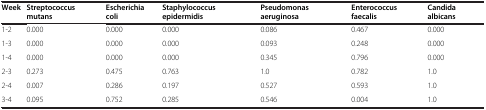
<table><thead><tr><td><b>Week</b></td><td><b>Streptococcus mutans</b></td><td><b>Escherichia coli</b></td><td><b>Staphylococcus epidermidis</b></td><td><b>Pseudomonas aeruginosa</b></td><td><b>Enterococcus faecalis</b></td><td><b>Candida albicans</b></td></tr></thead><tbody><tr><td>1-2</td><td>0.000</td><td>0.000</td><td>0.000</td><td>0.086</td><td>0.467</td><td>0.000</td></tr><tr><td>1-3</td><td>0.000</td><td>0.000</td><td>0.000</td><td>0.093</td><td>0.248</td><td>0.000</td></tr><tr><td>1-4</td><td>0.000</td><td>0.000</td><td>0.000</td><td>0.345</td><td>0.796</td><td>0.000</td></tr><tr><td>2-3</td><td>0.273</td><td>0.475</td><td>0.763</td><td>1.0</td><td>0.782</td><td>1.0</td></tr><tr><td>2-4</td><td>0.007</td><td>0.286</td><td>0.197</td><td>0.527</td><td>0.593</td><td>1.0</td></tr><tr><td>3-4</td><td>0.095</td><td>0.752</td><td>0.285</td><td>0.546</td><td>0.004</td><td>1.0</td></tr></tbody></table>